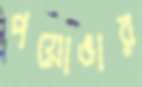
পয়োভার